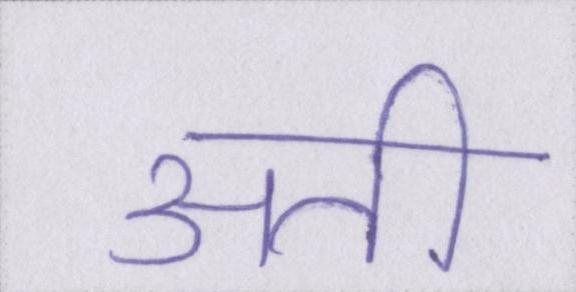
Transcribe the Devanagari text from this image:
अती